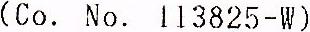
(CO. NO. 113825-W)